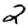
Digit: 2